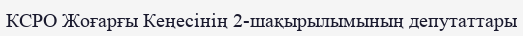
КСРО Жоғарғы Кеңесінің 2-шақырылымының депутаттары